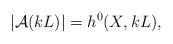
LaTeX: \begin{align*} |\mathcal{A}(kL)|=h^0(X,kL),\end{align*}